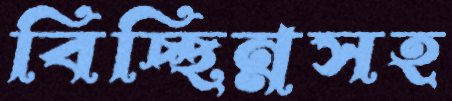
বিচ্ছিন্নসহ